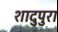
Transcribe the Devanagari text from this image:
शादुपुरा